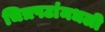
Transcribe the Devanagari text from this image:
चित्रपटांमधली